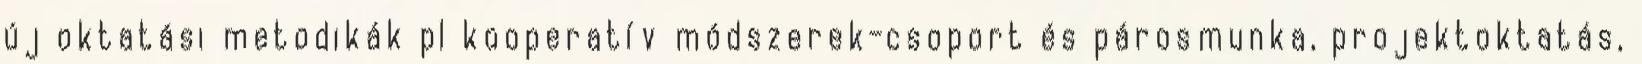
új oktatási metodikák pl kooperatív módszerek-csoport és párosmunka, projektoktatás,